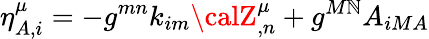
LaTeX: \eta_{A,i}^{\mu}=-{g}^{mn}{k}_{im}{\calZ}_{,n}^{\mu}+g^{M\mathbb{N}}{A}_{iMA}